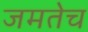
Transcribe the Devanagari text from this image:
जमतेच